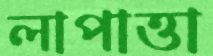
লাপাত্তা